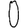
Digit: 0